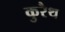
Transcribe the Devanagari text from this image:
कुरैथ